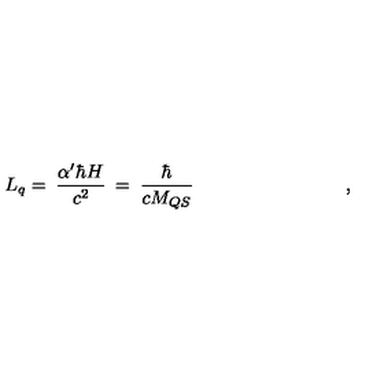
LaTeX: L _ { q } = \: \frac { \alpha ^ { \prime } \hbar H } { c ^ { 2 } } \: = \: \frac { \hbar } { c M _ { Q S } } \qquad \qquad \qquad \qquad ,